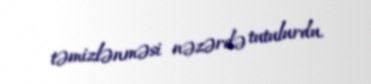
təmizlənməsi nəzərdə tutulurdu.